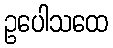
ဥပေါသထေ